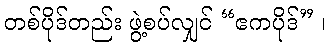
တစ်ပိုဒ်တည်း ဖွဲ့စပ်လျှင် “ဧကပိုဒ်” ၊